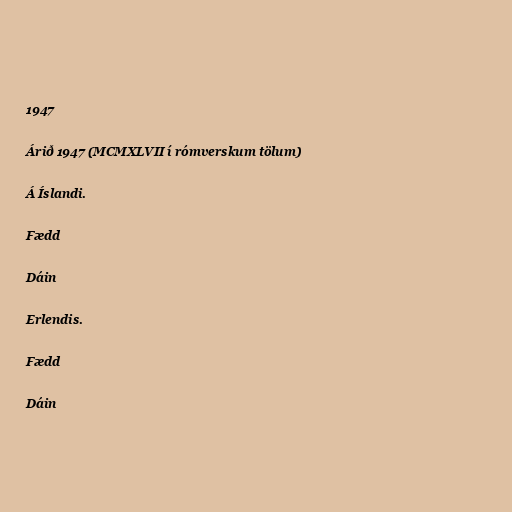
1947

Árið 1947 (MCMXLVII í rómverskum tölum)

Á Íslandi.

Fædd

Dáin

Erlendis.

Fædd

Dáin